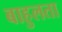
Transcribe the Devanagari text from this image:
बाहुलता